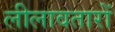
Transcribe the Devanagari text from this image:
लीलावतारों